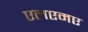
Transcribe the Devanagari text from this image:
एलएमए